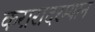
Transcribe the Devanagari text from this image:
करारादरम्यान